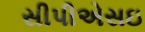
સીપીએસઇ